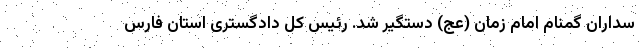
سداران گمنام امام زمان (عج) دستگیر شد. رئیس کل دادگستری استان فارس